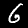
Digit: 6